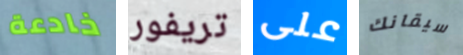
خادعة تريفور على سيقانك